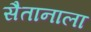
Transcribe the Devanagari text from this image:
सैतानाला